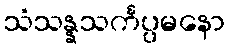
သံသန္နသင်္ကပ္ပမနော